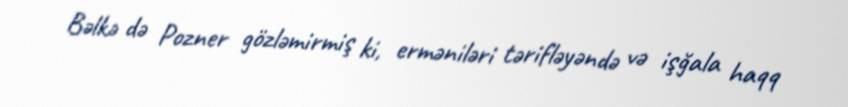
Bəlkə də Pozner gözləmirmiş ki, erməniləri tərifləyəndə və işğala haqq